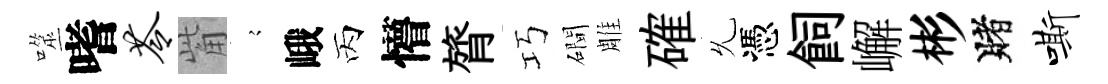
噬嗜苓觜𡪹峨丙懵膂巧磵雕確𠃔憑飼嶰彬賭嘶